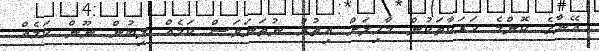
އޭނާގެ ކޮންމެ ހަރަކާތަކުން މާހިލަށް އިތުރު ނުތަނަވަސް ކަމެއް ލިބުން ނޫން ކަމެއް